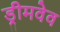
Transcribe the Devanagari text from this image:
ड्रीमवेव